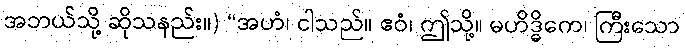
အဘယ်သို့ ဆိုသနည်း။) “အဟံ၊ ငါသည်။ ဧဝံ၊ ဤသို့။ မဟိဒ္ဓိကေ၊ ကြီးသော